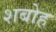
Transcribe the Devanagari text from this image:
शबोह